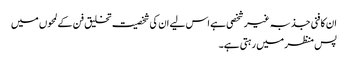
ان کا فنی جذبہ غیر شخصی ہے اس لیے ان کی شخصیت تخلیق فن کے لمحوں میں
پس منظر میں رہتی ہے۔